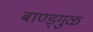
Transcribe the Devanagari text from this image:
बाण्ड्गुळ